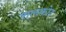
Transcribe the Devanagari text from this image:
शलकोट